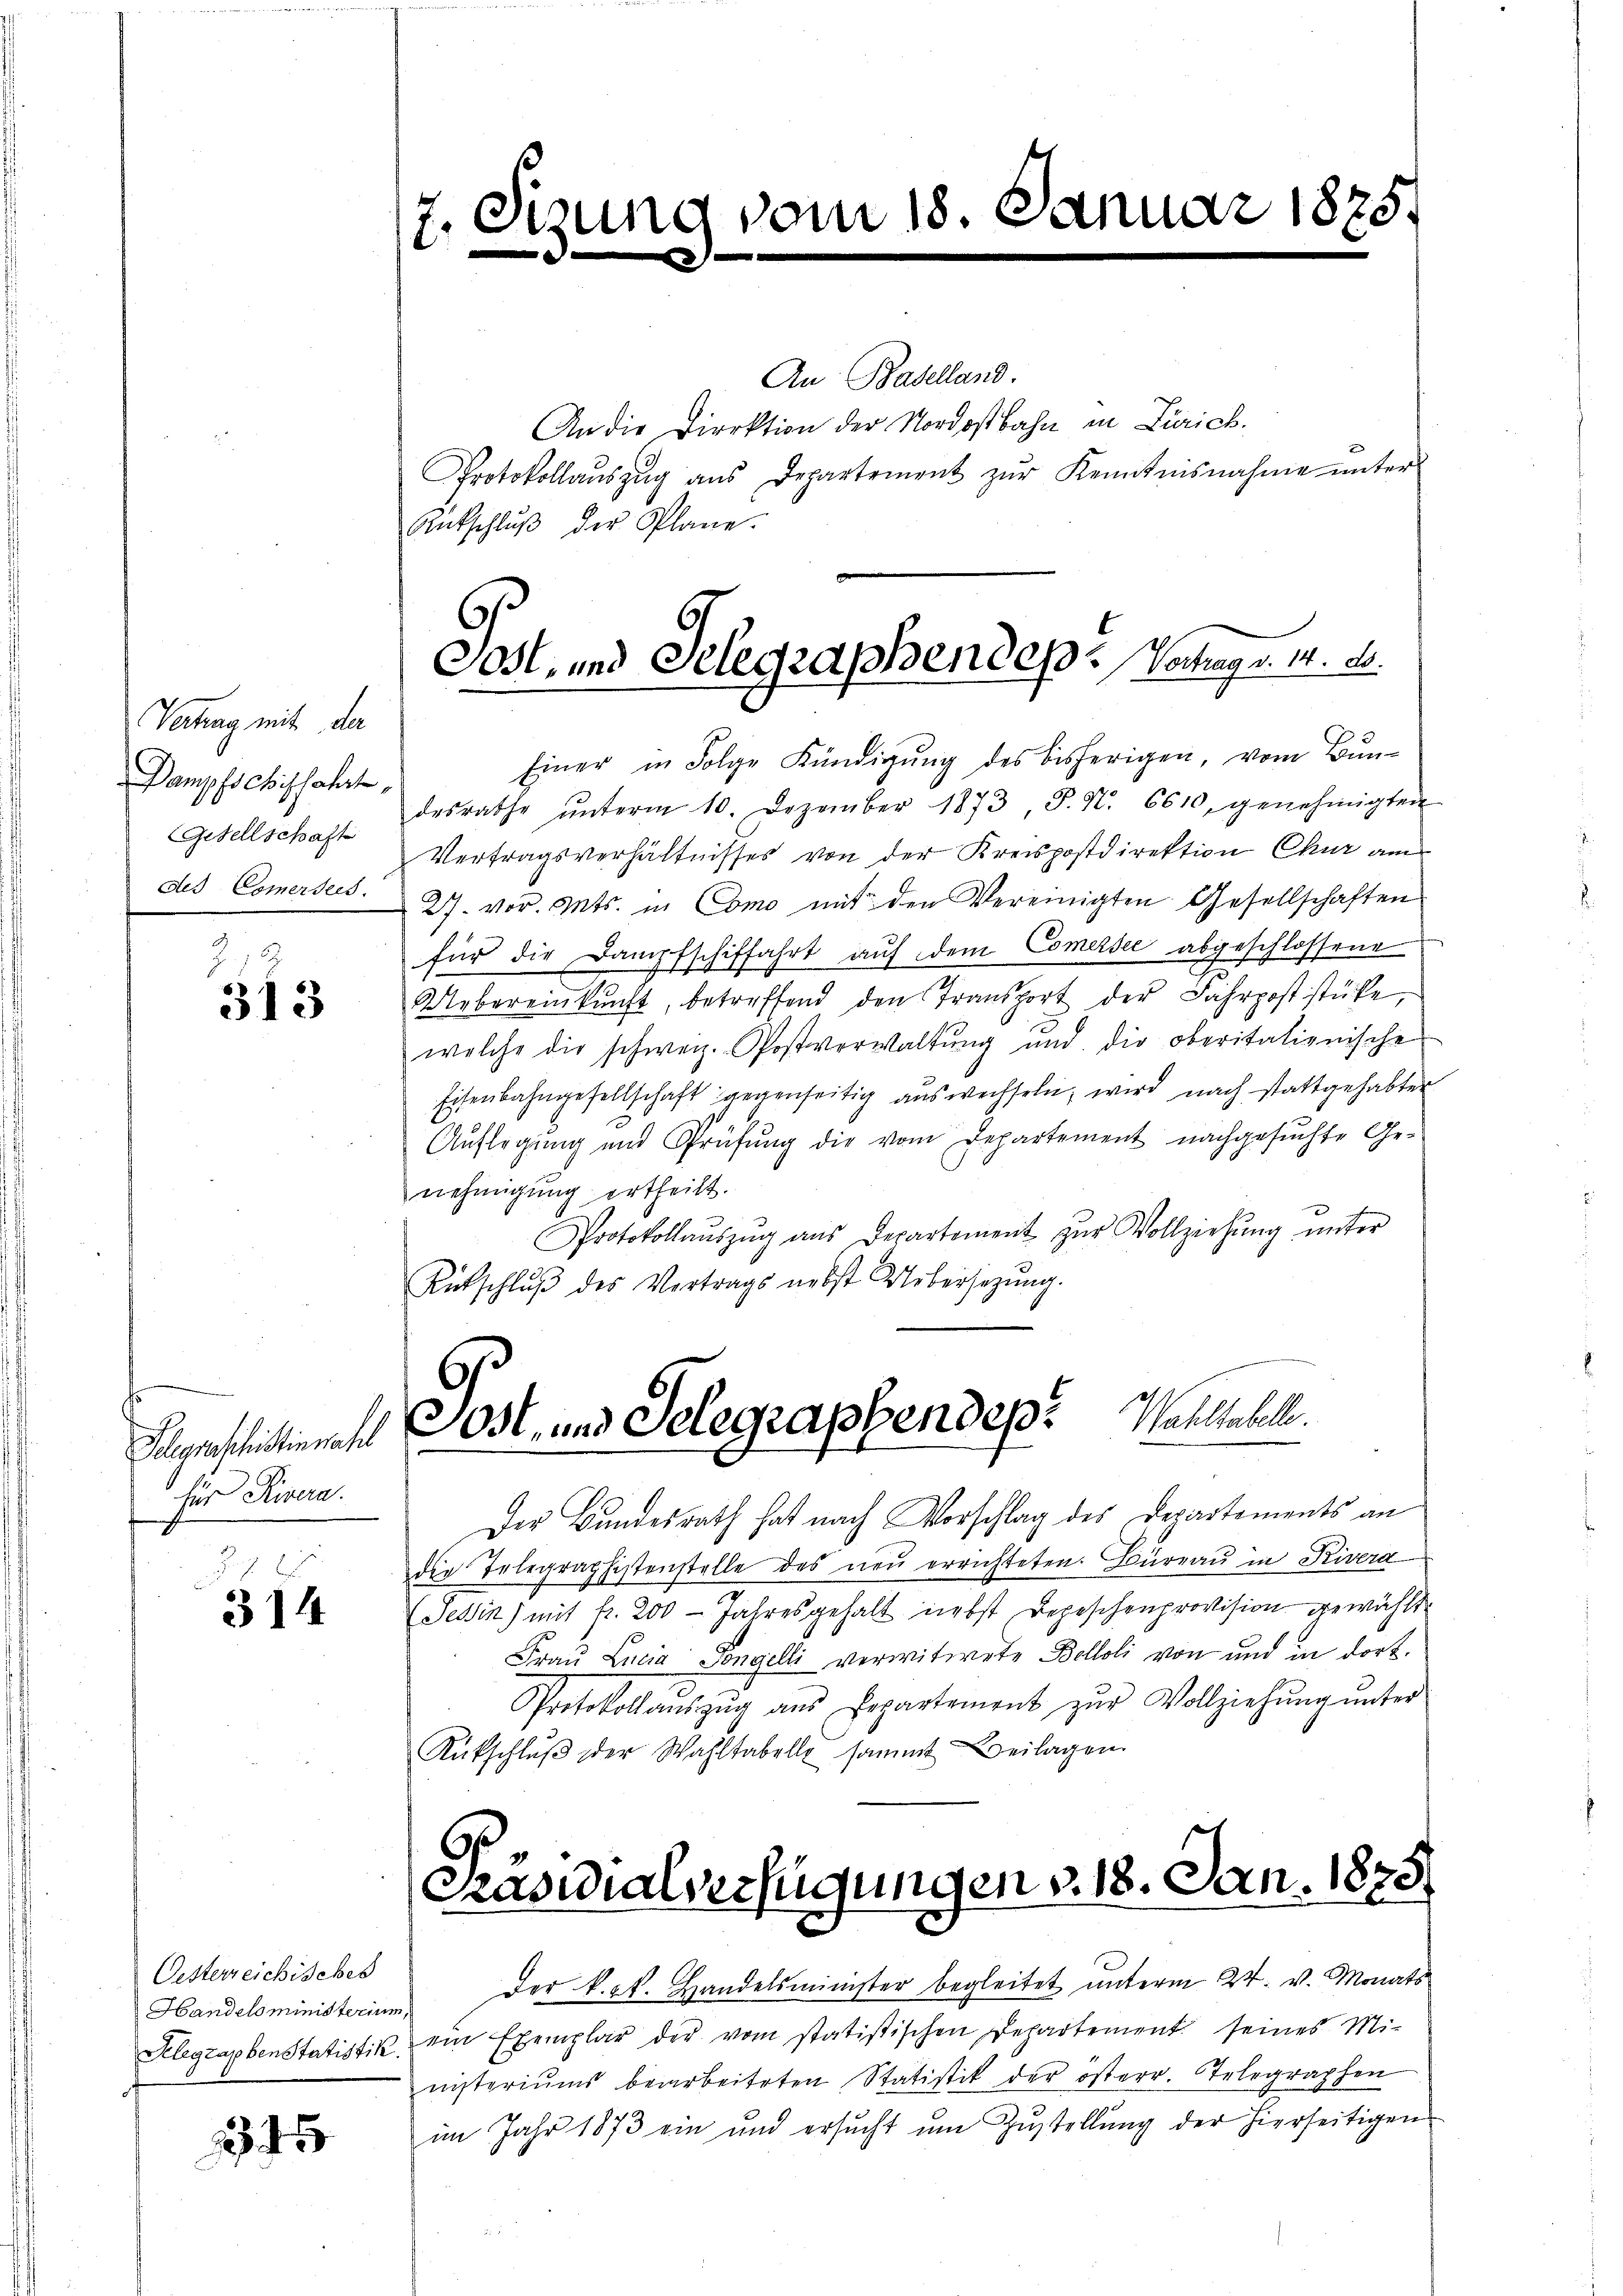
Vertrag mit der
Dampfschiffahrt.
Gesellschaft
des Comersees.

313

für Rivera

314

Oesterreichisches

245

An Baselland.
An die Direktion der Nordostbahn in Zürich.
Protokollaŭszŭg ans Departement zŭr Kenntnisnahme unter
Rutschlŭβ der Plane.

7. Sizung vom 18. Januar 1875.

Post- und Selegraphendep. Vertrag v. 14. d.

Einer in Folge Kündigŭng des bisherigen, vom Bun-
desrathe ŭnterm 10. Dezember 1873, S. N. 6610, genehmigten
Vertragsverhältnisses von der Kreispostdirektion Chur am
27. vor. Mts. in Como mit den Vereinigten Gesellschaften
für die Dampfschiffahrt aŭf dem Comersee abgeschlossene
Uebereinkunft, betreffend den Transport der Fahrpoststücke,
welche die schweiz. Postverwaltŭng ŭnd die oberitalienische
Eisenbahngesellschaft gegenseitig aŭswechseln, wird nach stattgehabter
Auflegung und Prüfung die vom Departement nachgesuchte Ge-
nehmigung ertheilt.
Protokollaŭszŭg ans Departement zŭr Vollziehŭng ŭnter
Kutschlŭβ des Vertrags nebst Uebersezung.

Gegenstlichen Post, und Telegraphendep. Paulicheln.

Der Bundesrath hat nach Vorschlag des Departements an
die Telegraphistenstelle des neŭ errichteten. Büreaŭ in Rivera
Tessin) mit fr. 200 - Jahresgehalt nebst Depeschenprovision gewählt
Frau Lucia Pongelli verwitwete Belloli von und in dort.
Protokollaŭszŭg aŭs Departement zŭr Vollziehŭng ŭnter
Rütschlŭβ der Wahltabelle sammt Beilagen.

5.
Kasialverfügungen v. 18. Jan. 1875.

Handelsministerium der k. k. Handelsminister begleitet ŭnterm 24. v. Monats
Klegrabenstatistik ein Exemplar der vom statistischen Departement seines Mi-
nisteriums bearbeiteten Statistik der österr. Telegraphen
im Jahr 1873 ein und ersŭcht ŭm Zŭstellŭng der hierseitigen